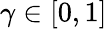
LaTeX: \gamma\in[0,1]